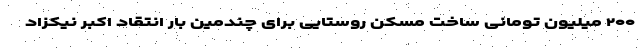
۲۰۰ میلیون تومانی ساخت مسکن روستایی برای چندمین بار انتقاد اکبر نیکزاد